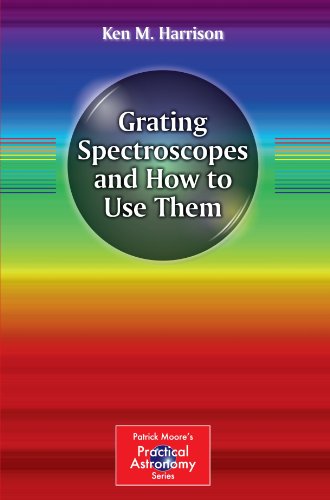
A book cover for Grating Spectroscopes and How to Use Them (The Patrick Moore Practical Astronomy Series); Ken M. Harrison; Science & Math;